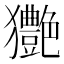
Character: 𤣚